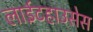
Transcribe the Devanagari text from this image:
लाईटहाउसेस